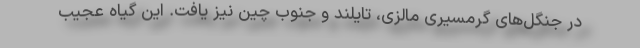
در جنگل‌های گرمسیری مالزی، تایلند و جنوب چین نیز یافت. این گیاه عجیب